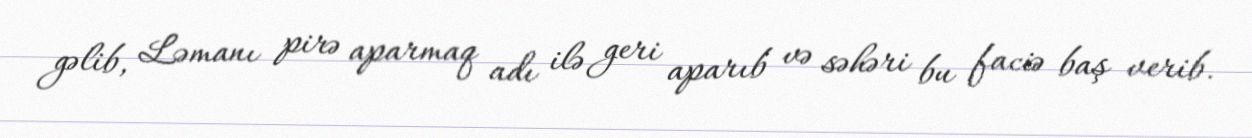
gəlib, Ləmanı pirə aparmaq adı ilə geri aparıb və səhəri bu faciə baş verib.